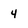
Character: 4